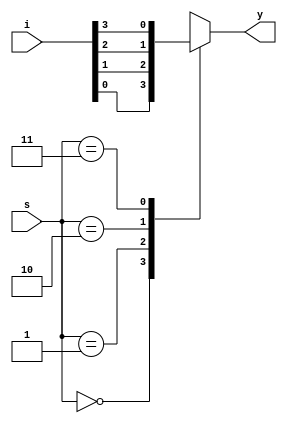
//20L115
//GOKUL P

module mux(i,s,y);
input [3:0]i;
input [1:0]s;
output y;
reg y;
// assign y=s[1]?(s[0]?i[3]:i[2] : (s[0]?i[1]:i[0])
always@(*)
begin
case(s)
2'b00: y=i[0];
2'b01: y=i[1];
2'b10: y=i[2];
2'b11: y=i[3];
endcase
end
endmodule